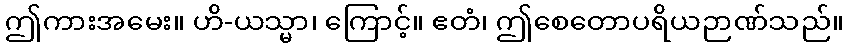
ဤကားအမေး။ ဟိ-ယသ္မာ၊ ကြောင့်။ ဧတံ၊ ဤစေတောပရိယဉာဏ်သည်။